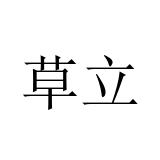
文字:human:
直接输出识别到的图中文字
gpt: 草立